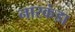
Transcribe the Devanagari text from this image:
नारकंडा